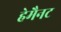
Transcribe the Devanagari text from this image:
हेमैनट